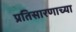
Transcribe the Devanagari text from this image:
प्रतिसारणाच्या